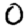
Digit: 0